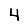
Digit: 4